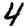
Digit: 4